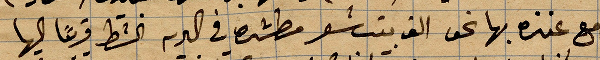
مع عنزه بها نحو الف بيت شعر مطشره في البريه الشط قريبًا اليها